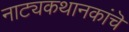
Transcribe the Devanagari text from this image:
नाट्यकथानकांचॆ